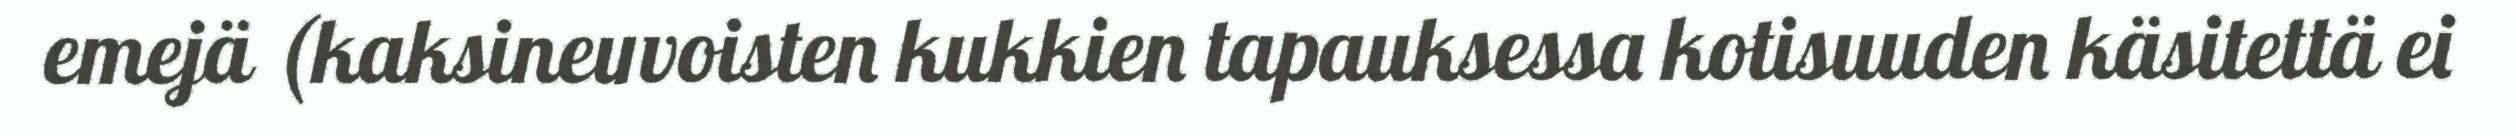
emejä (kaksineuvoisten kukkien tapauksessa kotisuuden käsitettä ei